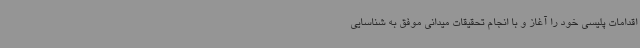
اقدامات پلیسی خود را آغاز و با انجام تحقیقات میدانی موفق به شناسایی